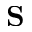
{ \bf S }